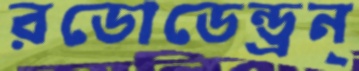
রডোডেন্ড্রন্